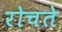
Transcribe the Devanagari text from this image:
रोचते